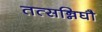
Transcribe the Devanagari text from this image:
तत्सन्निघौ